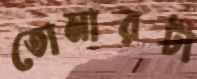
তোমারটা